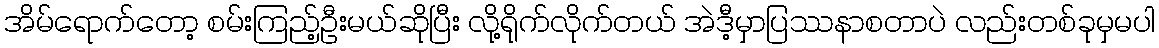
အိမ်ရောက်တော့ စမ်းကြည့်ဦးမယ်ဆိုပြီး လို့ရိုက်လိုက်တယ် အဲဒီ့မှာပြဿနာစတာပဲ လည်းတစ်ခုမှမပါ